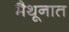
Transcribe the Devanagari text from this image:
मैथूनात